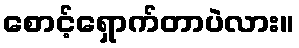
စောင့်ရှောက်တာပဲလား။